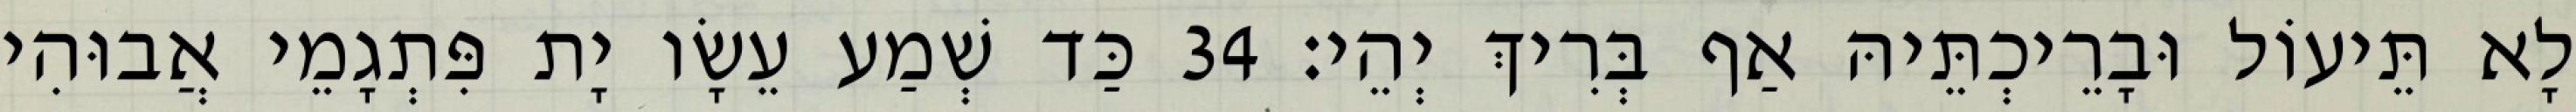
לָא תֵּיעוֹל וּבָרֵיכְתֵּיהּ אַף בְּרִיךְ יְהֵי׃ 34 כַּד שְׁמַע עֵשָׂו יָת פִּתְגָמֵי אֲבוּהִי